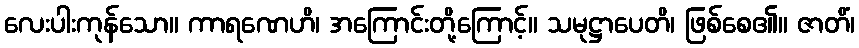
လေးပါးကုန်သော။ ကာရဏေဟိ၊ အကြောင်းတို့ကြောင့်။ သမုဋ္ဌာပေတိ၊ ဖြစ်စေ၏။ ဇာတိံ၊